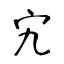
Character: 宄